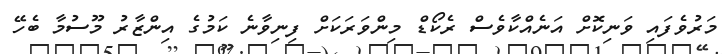
މަރުވެފައި ވަނިކޮށް އަނެއްކާވެސް ރެކޯޑް މިންވަރަކަށް ފިނިވާނެ ކަމުގެ އިންޒާރު މޫސުމާ ބެހޭ